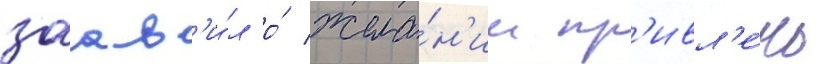
заав'и́л о́ жела́н'ии пр'ивл'е́чь